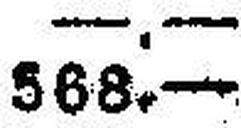
568.—